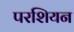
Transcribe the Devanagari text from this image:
परशियन